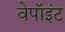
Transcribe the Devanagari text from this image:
वेपॉइंट